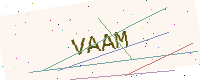
Text: VAAM